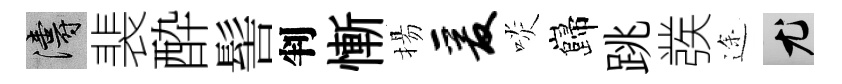
濤裴酔髻判慚揚爰啖巋跳彂途尤